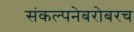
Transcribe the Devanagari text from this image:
संकल्पनेबरोबरच